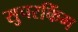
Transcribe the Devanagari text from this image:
सुपरकिंग